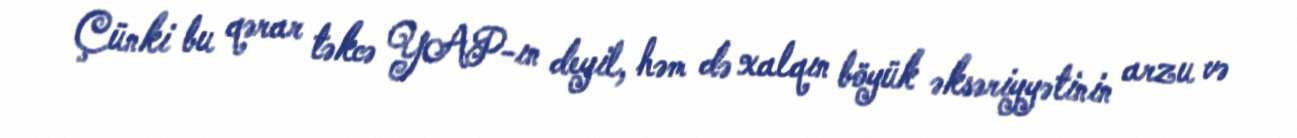
Çünki bu qərar təkcə YAP-ın deyil, həm də xalqın böyük əksəriyyətinin arzu və